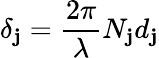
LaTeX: \delta_{\mathbf{j}}=\frac{{2\pi}}{{\lambda}}N_{\mathbf{j}}d_{\mathbf{j}}